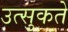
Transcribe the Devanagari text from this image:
उत्सुकते